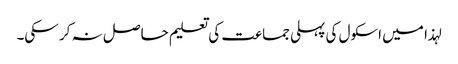
لہذا میں اسکول کی پہلی جماعت کی تعلیم حاصل نہ کر سکی۔